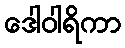
ဒေါဝါရိကာ